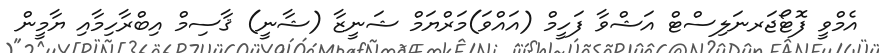
އެމްވީ ފޮޓޯޖަރނަލިސްޓް އަޝްވާ ފަހީމް (އައްވަ)މަރްޔަމް ޝަނީޒާ (ޝާނީ) ޤާސިމް އިބްރާހިމާއި ޔާމީން